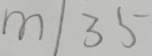
m \vert 3 5